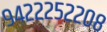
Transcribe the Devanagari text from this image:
९४२२२५२२०८